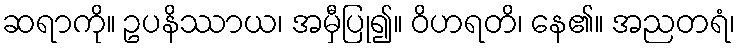
ဆရာကို။ ဥပနိဿာယ၊ အမှီပြု၍။ ဝိဟရတိ၊ နေ၏။ အညတရံ၊